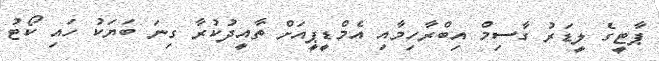
ޕާޓީގެ ލީޑަރު ގާސިމް އިބްރާހިމާއި އެމްޑީޕީއަށް ތާއީދުކުރާ ގިނަ ބަޔަކު ހައި ކޯޓު